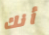
أنك